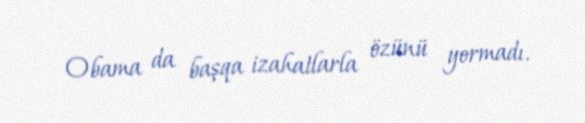
Obama da başqa izahatlarla özünü yormadı.